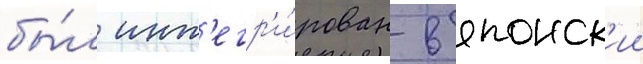
бы́л инт'егр'и́рован в японск'ии